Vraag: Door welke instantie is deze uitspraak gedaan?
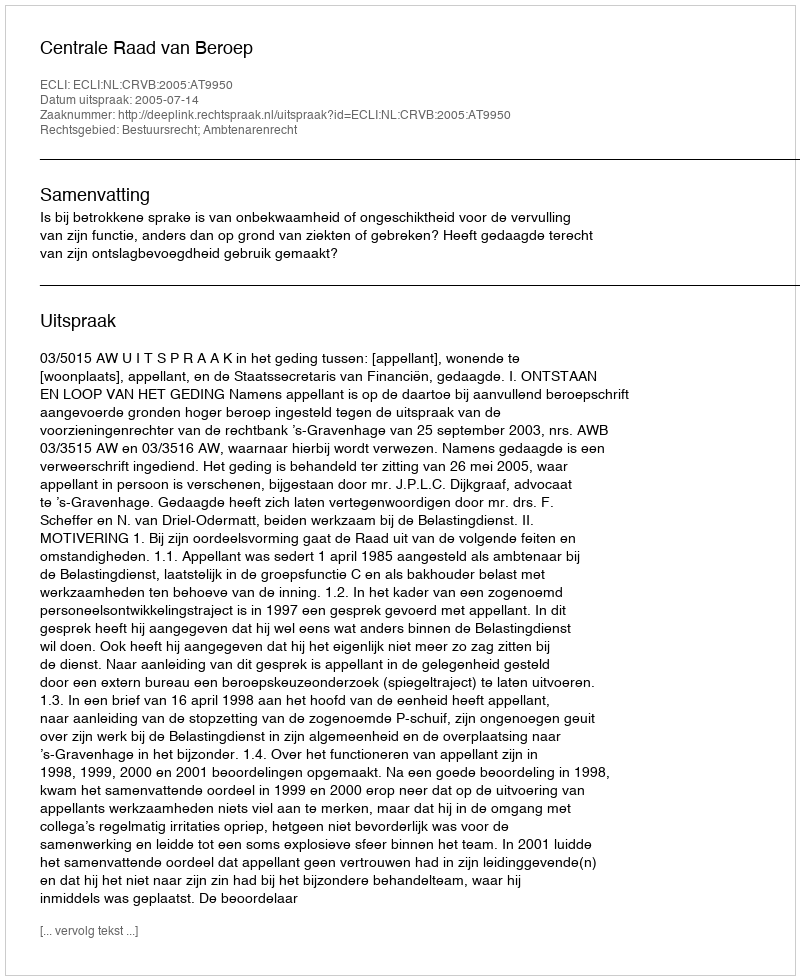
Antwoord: Centrale Raad van Beroep